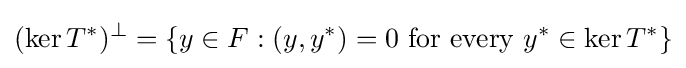
(\ker T^{*})^{\perp }=\{y\in F:(y,y^{*})=0{\text{ for every }}y^{*}\in \ker T^{*}\}